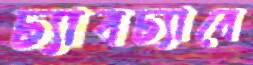
ঢ্যাবঢ্যাবে